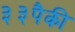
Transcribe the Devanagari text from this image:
३३पैकी